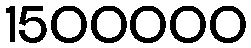
1500000